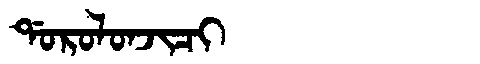
Manchu: ᡩᠣᡵᠣᠯᠣᠨᠵᡳᠴᡳ
Romanization: DOROLONJICI